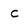
Character: c